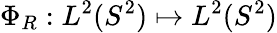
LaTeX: \Phi_{R}:L^{2}(S^{2})\mapsto L^{2}(S^{2})